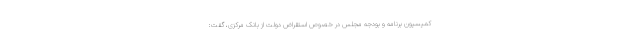
کمیسیون برنامه و بودجه مجلس در خصوص استقراض دولت از بانک مرکزی، گفت: